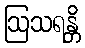
ဩသရန္တိ